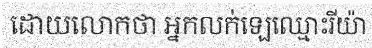
ដោយលោកថា អ្នកលក់ឡេឈ្មោះរីយ៉ា